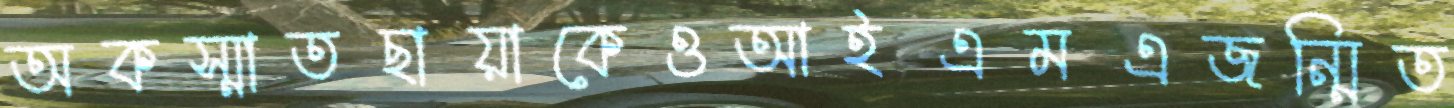
অকস্মাতছায়াকেওআইএমএজন্মিত